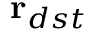
\textbf r _ { d s t }